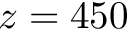
z = 4 5 0